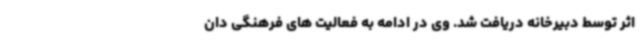
اثر توسط دبیرخانه دریافت شد. وی در ادامه به فعالیت های فرهنگی دان